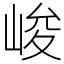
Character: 峻